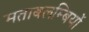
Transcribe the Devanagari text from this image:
मताबलम्बियों